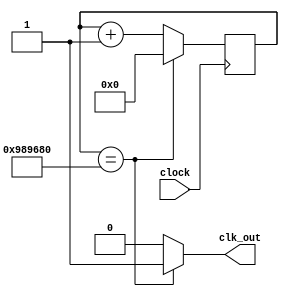
`timescale 1ns / 1ps
//////////////////////////////////////////////////////////////////////////////////
// Company: 
// Engineer: 
// 
// Design Name: 
// Module Name: divide
// Project Name: 
// Target Devices: 
// Tool Versions: 
// Description: 
// 
// Dependencies: 
// 
// Revision:
// Revision 0.01 - File Created
// Additional Comments:
// 
//////////////////////////////////////////////////////////////////////////////////


module fuckingcounter(
    input clock,
    output clk_out
    );
    reg elapsed;
    reg [27:0] state;
    
    always @(posedge clock)
        if(state == 10000000) state <= 0;
        else state <= state + 1;
    always @(state)
        if(state == 10000000) elapsed = 1;
        else elapsed = 0;
    assign clk_out = elapsed;
endmodule